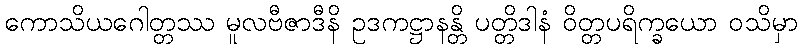
ကောသိယဂေါတ္တဿ မူလဗီဇာဒီနိ ဥဒကဋ္ဌာနန္တိ ပတ္တိဒါနံ ဝိတ္တပရိက္ခယော ဝသိမှာ